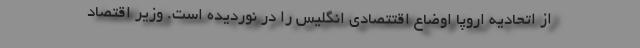
از اتحادیه اروپا اوضاع اقتتصادی انگلیس را در نوردیده‌ است. وزیر اقتصاد